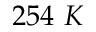
2 5 4 ~ K